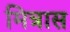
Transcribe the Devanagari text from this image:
मित्रास